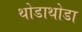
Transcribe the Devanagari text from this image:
थोडाथोडा